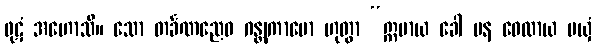
ဖုဋံ အဟောသိ။ သော တင်္ခဏညေဝ ဂန္တုကာမော ဟုတွာ “ဣမာယ ခေါ ပန ဝေလာယ မယှံ